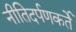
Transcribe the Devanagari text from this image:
नीतिदर्पणकर्ते